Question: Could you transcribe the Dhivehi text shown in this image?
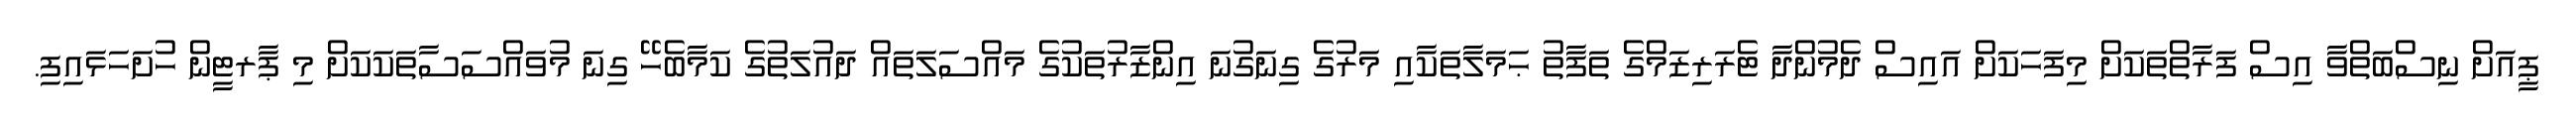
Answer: ޕީއަށް ނިސްބަތްވާ އިސް ފަރާތްތަކަށް މިފަހަކަށް އައިސް ދެމުންދާ ޓެރަރިޒަމްގެ ތަފާތު ޙަމަލާތަކާއި މަރުގެ ގިނަގުނަ އިންޒާރުތަކުގެ މައްސަލަތައް ދައުލަތުގެ ކަމާބެހޭ ގިނަ މުވައްސަސާތަކަކަށް މި ޕާރޓީން ހުށަހަޅައިފި.